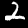
Label: 2